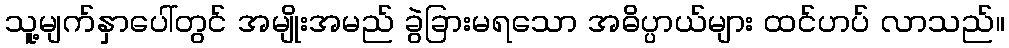
သူ့မျက်နှာပေါ်တွင် အမျိုးအမည် ခွဲခြားမရသော အဓိပ္ပာယ်များ ထင်ဟပ် လာသည်။